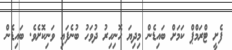
ފެށީ ޓްރަމްޕް ކަމަށް ބައިޑެން މިދިޔަ ހޮނިހިރު ދުވަހު ބުނެފައި ވަނިކޮށެވެ. ބައިޑެން